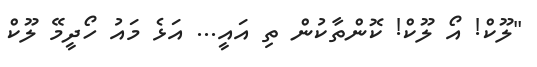
"ލޫކް! އޯ ލޫކް! ކޮންތާކުން ތި އައީ... އަޅެ މައު ހޯދީމޭ ލޫކް